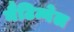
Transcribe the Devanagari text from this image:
नैटिन्गेल